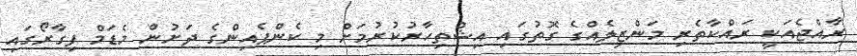
ރާއްޖެއަކީ ރައްކާތެރި މަންޒިލެއްގެ ގޮތުގައި އިޝްތިހާރުކުރުމަށް މި ކެންޕެއިންގެ ދަށުން މެޑަމް ފިގާރޯގައި